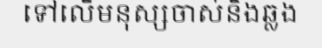
ទៅលើមនុស្សចាស់និងឆ្លង